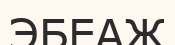
ЭБЕАЖ